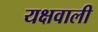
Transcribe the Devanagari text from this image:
यक्षवाली